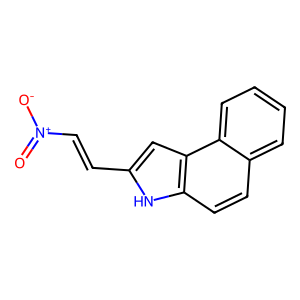
SMILES: O=[N+]([O-])C=Cc1cc2c(ccc3ccccc32)[nH]1
Inhibits HIV replication: No